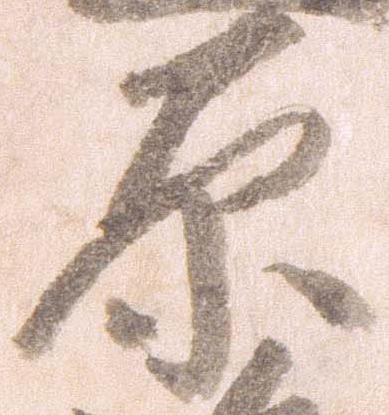
原